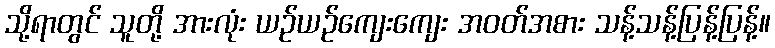
သို့ရာတွင် သူတို့ အားလုံး ယဉ်ယဉ်ကျေးကျေး အဝတ်အစား သန့်သန့်ပြန့်ပြန့်။